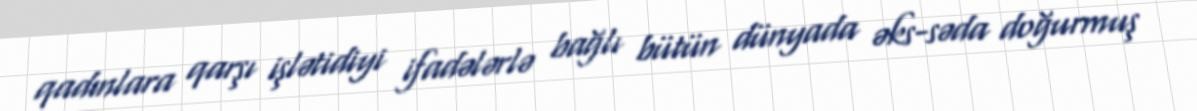
qadınlara qarşı işlətidiyi ifadələrlə bağlı bütün dünyada əks-səda doğurmuş